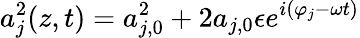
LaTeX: a_{j}^{2}(z,t)=a_{j,0}^{2}+2a_{j,0}\epsilon e^{i(\varphi_{j}-\omega t)}